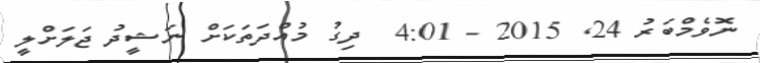
ނޮވެމްބަރު 24